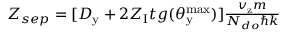
\begin{array} { r } { Z _ { s e p } = [ D _ { \mathrm { y } } + 2 Z _ { \mathrm { I } } t g ( \theta _ { \mathrm { y } } ^ { \mathrm { m a x } } ) ] \frac { v _ { \mathrm { z } } m } { N _ { d o } \hbar k } } \end{array}